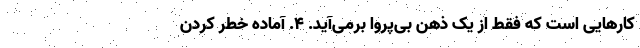
کارهایی است که فقط از یک ذهن بی‌پروا برمی‌آید. ۴. آماده خطر کردن